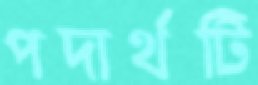
পদার্থটি